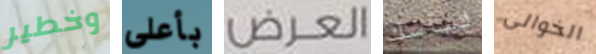
وخطير بأعلى العرض لباسك الخوالى